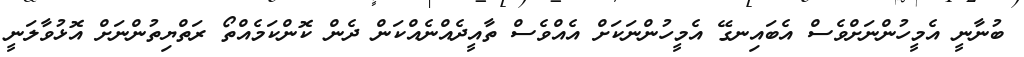
ބުނާނީ އެމީހުންނަށްވެސް އެބައިނގޭ އެމީހުންނަކަށް އެއްވެސް ތާއީދެއްނެއްކަން ދެން ކޮންކަމެއްތޯ ރަތްޔިތުންނަށް އޮޅުވާލަނީ